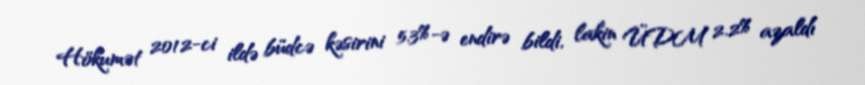
Hökumət 2012-ci ildə büdcə kəsirini 5.3%-ə endirə bildi, lakin ÜDM 2.2% azaldı